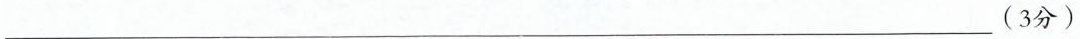
___(3分)